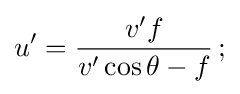
u'={\frac {v'f}{v'\cos \theta -f}}\,;